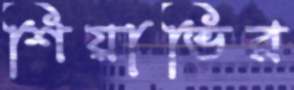
শিয়াভির